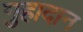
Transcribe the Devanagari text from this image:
गुहादान